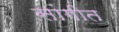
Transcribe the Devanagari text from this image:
सांगीत